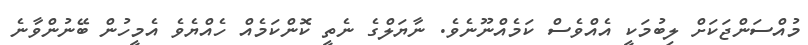
މުއްސަންޖަކަށް ލިބުމަކީ އެއްވެސް ކަމެއްނޫނެވެ. ނާޔަލްގެ ނެތީ ކޮންކަމެއް ހެއްޔެވެ އެމީހުން ބޭނުންވާނެ